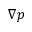
\nabla \boldsymbol { p }